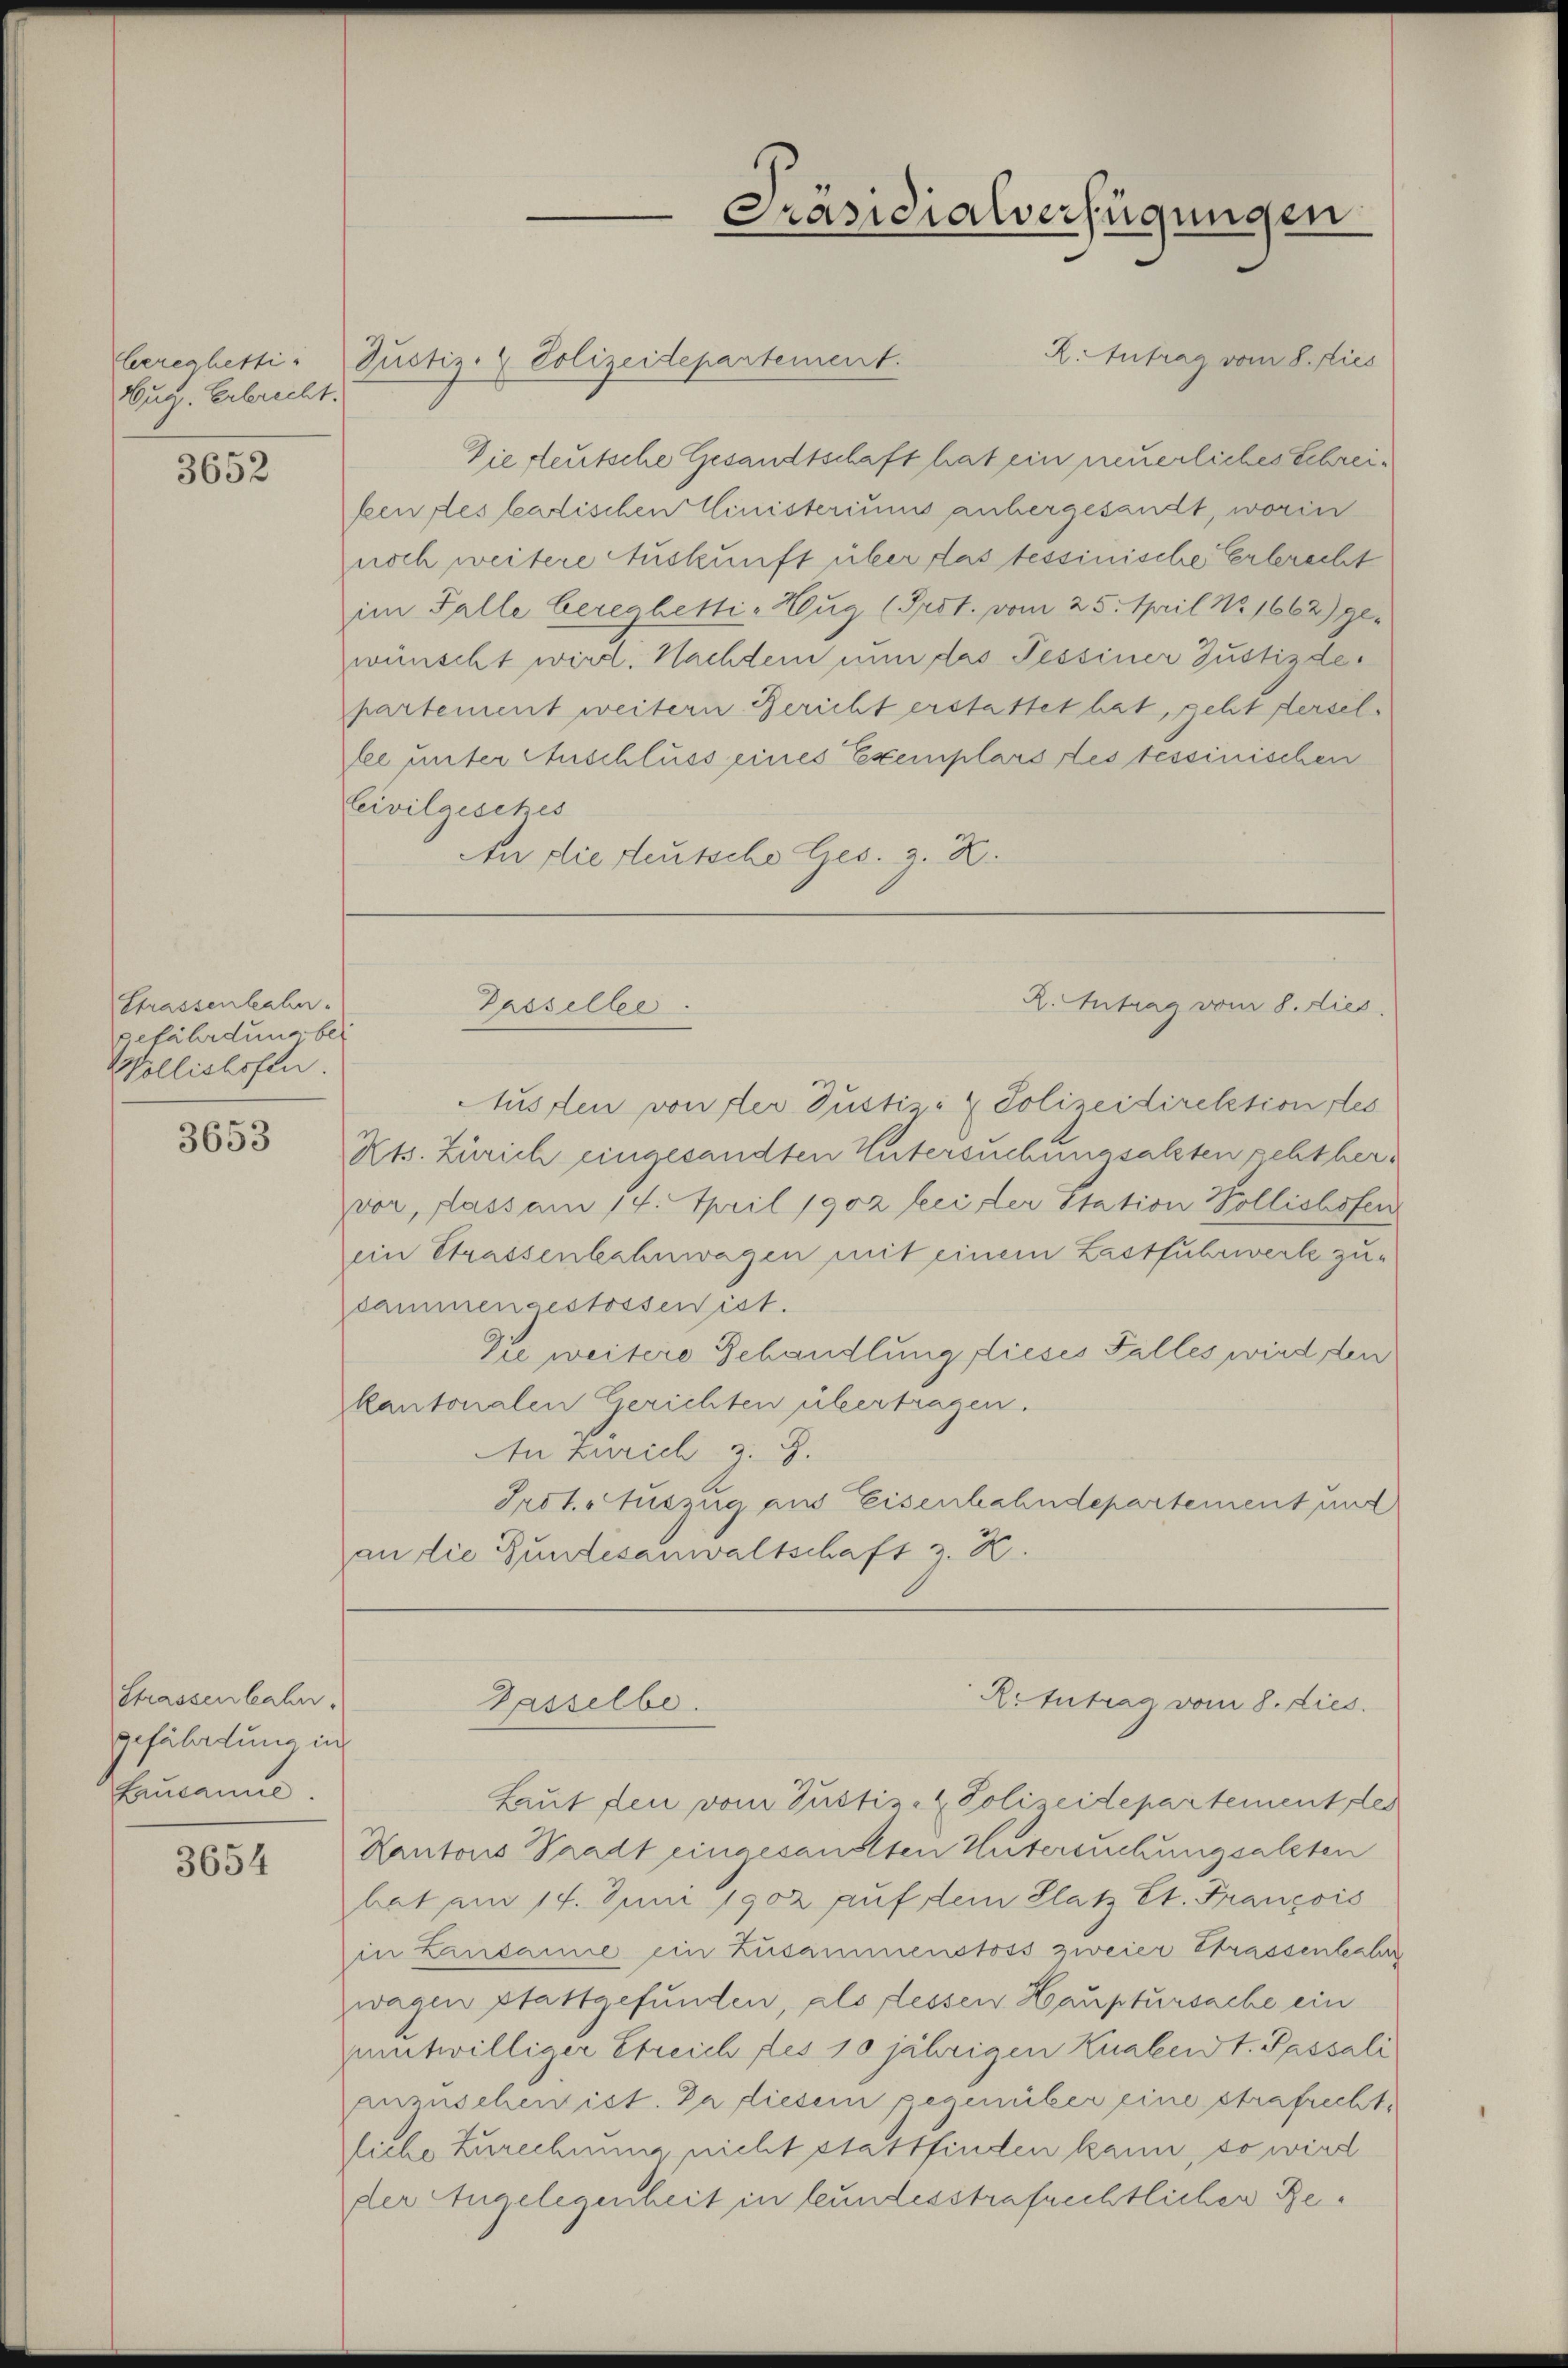
Aug. Erbrecht.

3652

Strassenbahn.
gefährdung bei
Wollishofen.

3653

Strassenbahn.
gefährtung in
Lausanne.

3654

2. Antrag vom 8. dies
bereghetti: Justiz- & Polizeidepartement.
Die teutsche Gesandtschaft hat ein neuerliches Schreiben des badischen Ministeriums anhergesandt, worin
noch weitere Auskunft über das tessinische Erbrecht
im Falle bereghetti-Hug (Prot. vom 25. April No 1662) gewünscht wird. Nachdem nun das Tessiner Justizdepartement weitern Bericht erstattet hat, geht derselle unter Anschluss eines Exemplars des tessinischen
Civilgesetes
An die Steutsche Ges. z. B.

Passelbe

Passelbe.

Präsidialverfügungen

Ausden von der Justiz- & Polizeidirektion des
Kts. Zürich eingesandten Untersuchungsalten pehtbervor, dass am 14. April 1902 bei der Station Vollishofen
ein Strassenbahnwagen mit einem Lastfuhrwerk zu-
cammengestossen ist.
Die weitere Behandlung, dieses Falles wird den
kantonalen Gerichten übertragen.
An Zürich 3. J.
Irot. Auszug aus Eisenhahndepartement und
an die Bundesanwaltschaft z. B.

R. Antrag vom 8. dies

Retutrag vom 8. Dies

Laut den vom Justiz- & Polizeidepartement des
Kantons Stadt eingesandten Untersuchungsalten
bat am 14. Juni 1902 auf dem Platz Et. François
in Lindame ein Zusammenstoss zweier Strassenbahr
wagen stattgefunden, als dessen Hauptursache ein
umtwilliger Erreich des 10 jährigen Knabendt. Passali
anzuscheinist. Da diesem gegenüber eine strafrecht,
liche Zurechnung nicht stattfinden kann, so wird
der Angelegenheit in bundesstrafrechtlicher Re¬